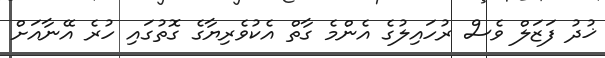
ޚުދު ފަޒަލް ވެސް ރުހައިލުގެ އެންމެ ގާތް އެކުވެރިޔާގެ ގޮތުގައި ހުރެ އޭނާއަށް